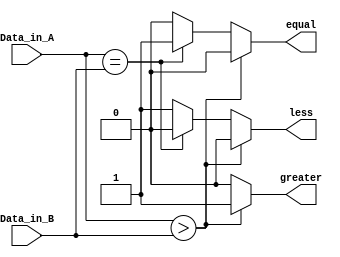
module four_bit_comparator(
    Data_in_A,  //input A
    Data_in_B,  //input B
    less,       //high when A is less than B
    equal,       //high when A is equal to B
     greater         //high when A is greater than B    
    );

    //what are the input ports.
    input [3:0] Data_in_A;
    input [3:0] Data_in_B;
    //What are the output ports.
    output less;
     output equal;
     output greater;
     //Internal variables
     reg less;
     reg equal;
     reg greater;

    //When the inputs and A or B are changed execute this block
    always @(Data_in_A or Data_in_B)
     begin
        if(Data_in_A > Data_in_B)   begin  //check if A is bigger than B.
            less = 0;
            equal = 0;
            greater = 1;    end
        else if(Data_in_A == Data_in_B) begin //Check if A is equal to B
            less = 0;
            equal = 1;
            greater = 0;    end
        else    begin //Otherwise - check for A less than B.
            less = 1;
            equal = 0;
            greater =0;
        end 
    end
endmodule